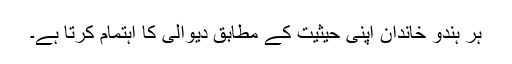
ہر ہندو خاندان اپنی حیثیت کے مطابق دیوالی کا اہتمام کرتا ہے۔